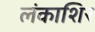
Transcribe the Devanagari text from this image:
लंकाशिर